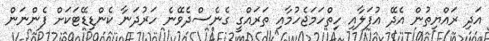
އަދި ރައްޔިތުން އެދޭ އުފަލާއި ހިތްހަމަޖެހުމާއި ތަރައްގީ ގެނެސްދެވޭނެ ހަރުދަނާ ކެންޑިޑޭޓަކަށް ފެންނަން